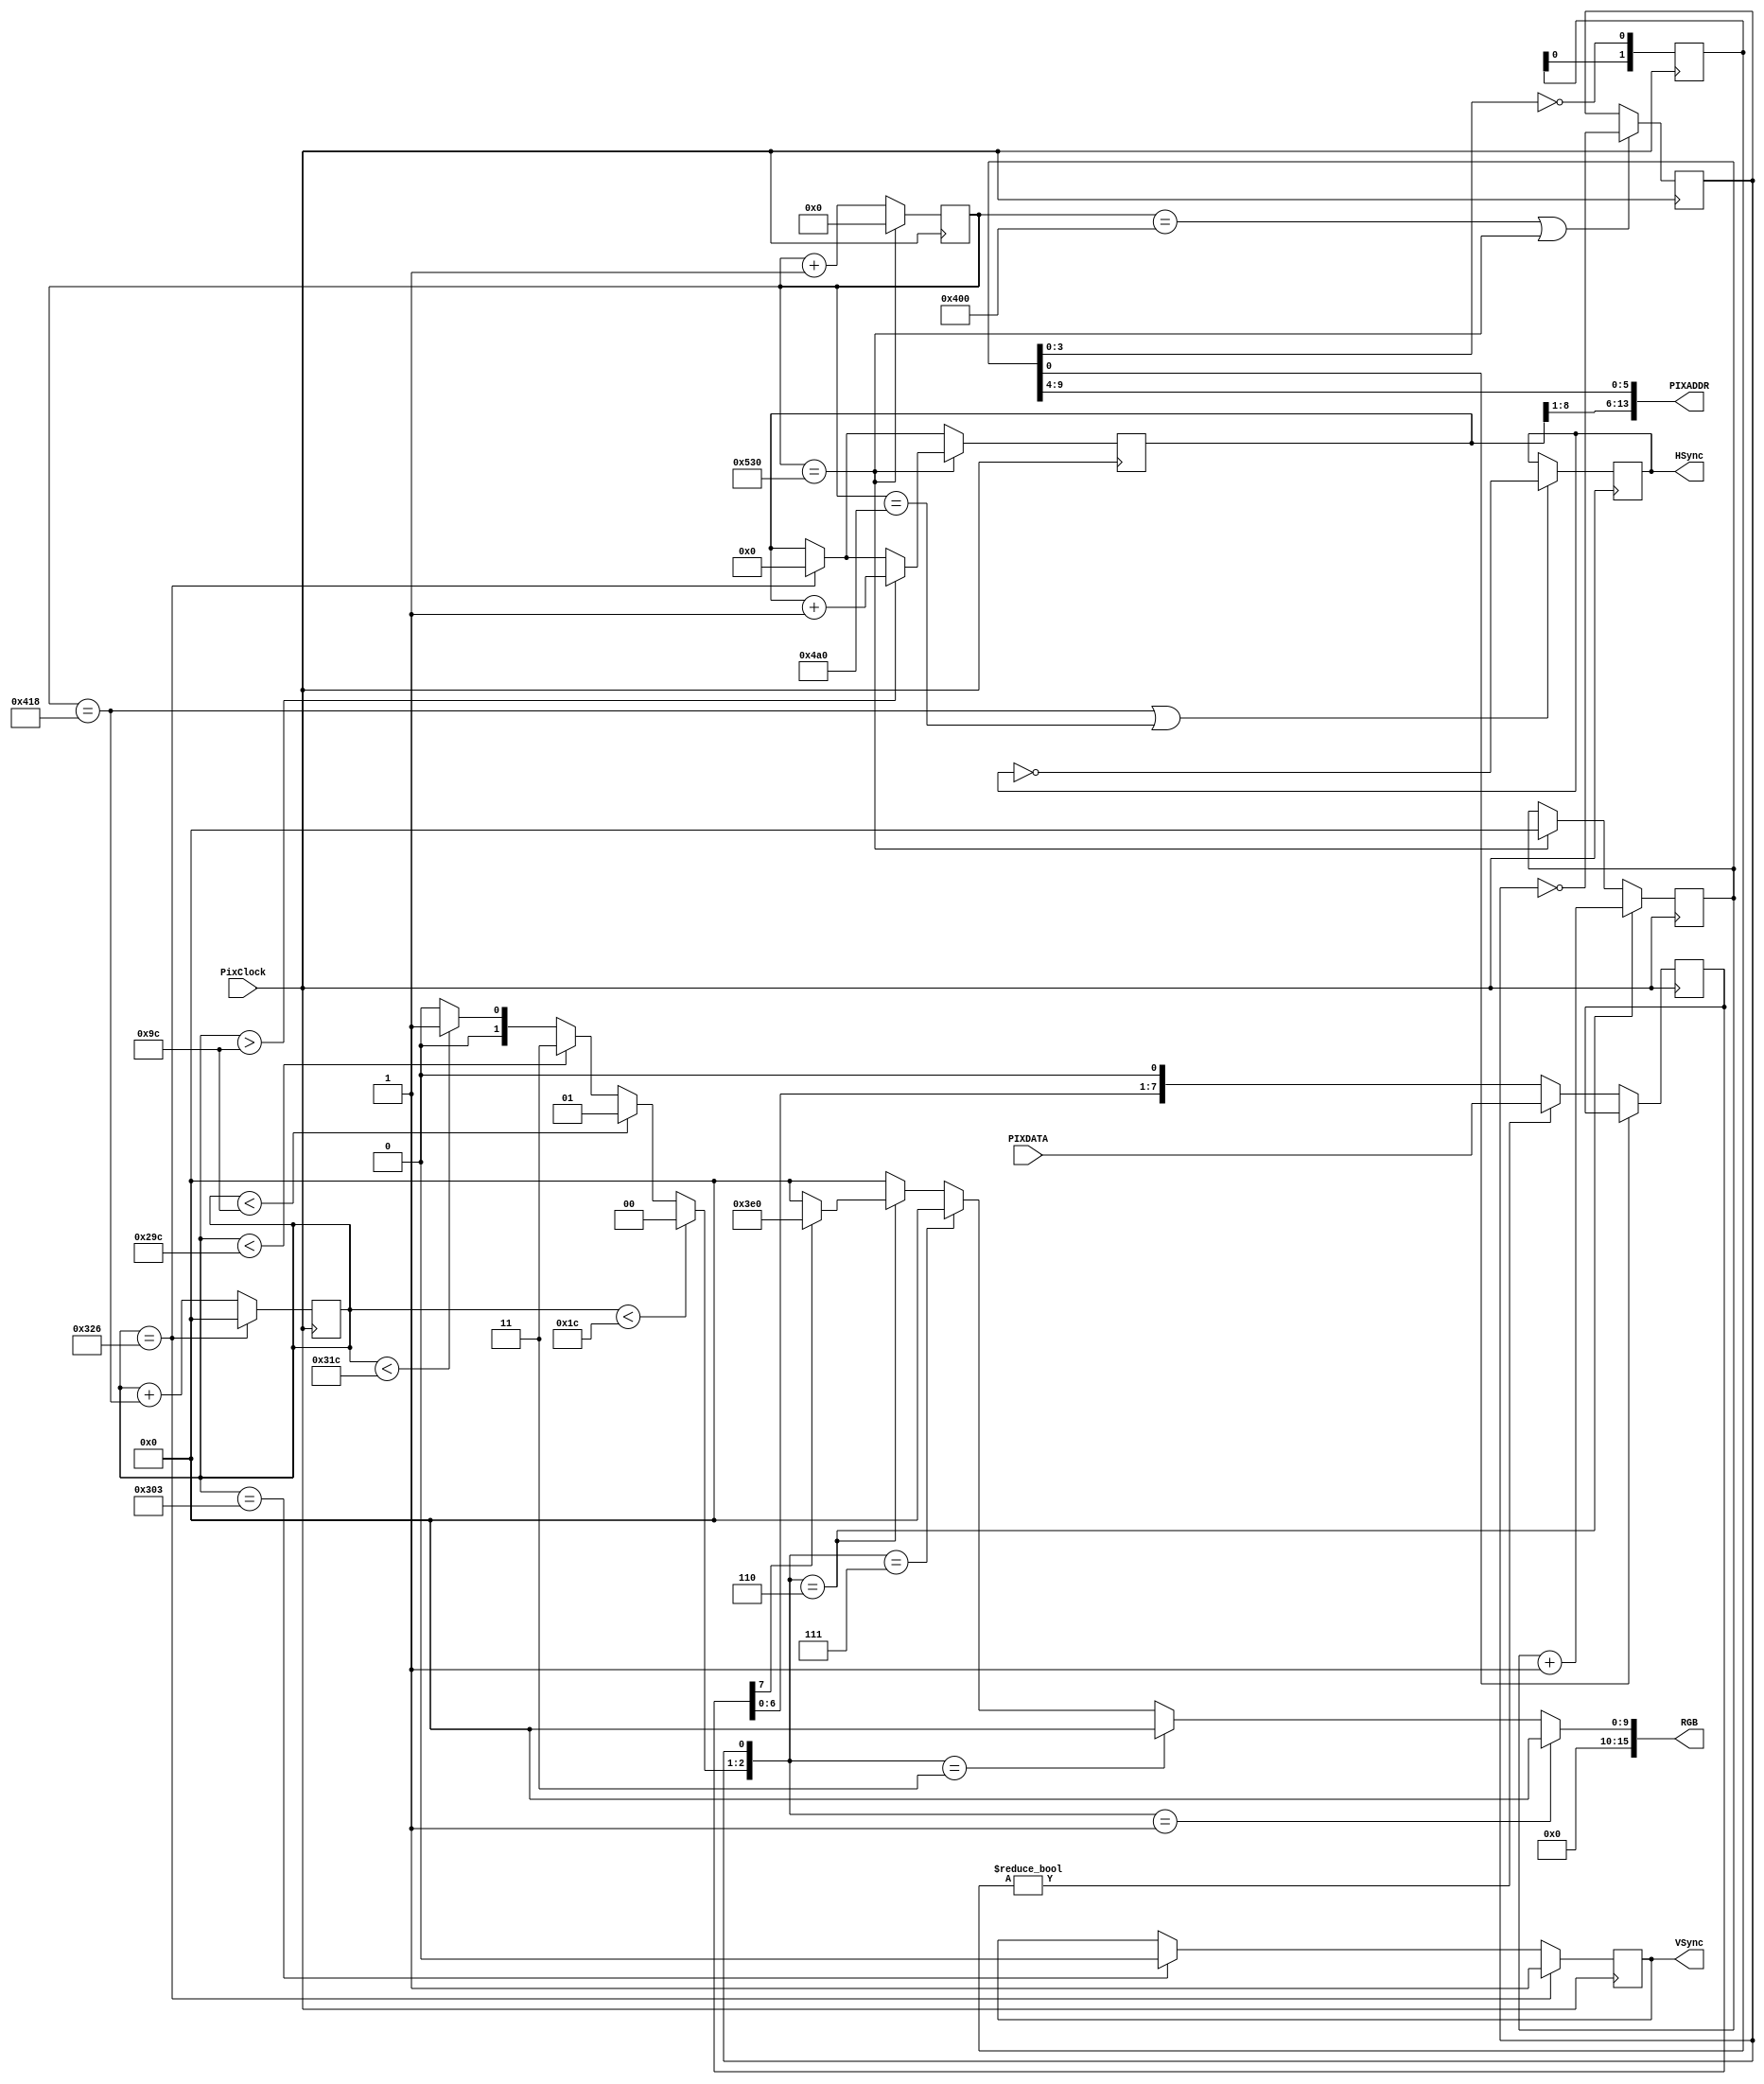
module video(
        output [15:0]RGB,
        output reg HSync = 1,
        output reg VSync = 1,
        output [13:0]PIXADDR,
        input  [7:0]PIXDATA,
        input  PixClock
);

//reg [15:0]COLOR;
reg [7:0]SHIFT;
assign RGB = {
 wCOLOR[15:11],         // RED:5
 wCOLOR[10:5],          // GREEN:6          
 wCOLOR[4:0]            // BLUE:5
}; 
 /*
       1328  806
       640x480 =>   pix = 4x4   => 256x192
   
       horizontal line [ 0 ] [ 1024 ] [  0 ]  => [0][512x2][0]
       vertical line   [ 0 ] [ 768 ] [ 0 ]  =>   [128][256x2][128]
*/
/* ---        1024x768 --- */
    wire [10:0]HFrontPorch    = 24;
    wire [10:0]HBackPorch     = 144;
    wire [10:0]LeftBorder     = 0;
    wire [10:0]HAddrVideo     = LeftBorder + 1024;
    wire [10:0]RightBorder    = HAddrVideo  + 0;
	 
    wire [10:0]HTotalTime     = 1328;
    wire [10:0]HSyncStartTime = 1048;  
    
    wire [9:0]VBackPorch     = 28;
    wire [9:0]TopBorder      = VBackPorch + 128;
    wire [9:0]VAddrVideo     = TopBorder  + 512;
    wire [9:0]BottomBorder   = VAddrVideo + 128; 
    
    wire [9:0]VTotalTime     = 806; 
    wire [9:0]VSyncStartTime = 771;

/* ---   11bit (0...1328)    10bit (0...806) --- */
    reg [10:0]hcnt = 0; 
    reg [9:0]vcnt = 0;
/* -- 
         
    1024 x 768    2  (   44 ) - 256x192
-- */    
    reg [9:0]colcnt = 0;  // 0..1023 - 10 bit
    reg [8:0]rowcnt = 0;  // 0..511  - 9 bit

    wire H_SYNC = (hcnt==HSyncStartTime);
         
    wire   wVBackPorch = (vcnt < VBackPorch)? 1'b0 : 1'b1;

	 reg SelHSh = 1'b0;
/*   */
    wire [1:0]SelVSh = 
     (vcnt < VBackPorch)?   2'b00  :
     (vcnt < TopBorder)?    2'b01  :
     (vcnt < VAddrVideo)?   2'b11  : 
     (vcnt < BottomBorder)? 2'b01  :  2'b00;
    
/*	 
    wire [1:0]SelHSh =
     (hcnt < HBackPorch)?  2'b00 :
     (hcnt < LeftBorder)?  2'b01 :
     (hcnt < HAddrVideo)?  2'b11 : 
     (hcnt < RightBorder)? 2'b01 :  2'b00;
*/
/*
       RAM4K -  24Kb - 15 
  colcnt/2 =  4   
*/
`define Border 16'h1
`define BLANK   16'h0
//                      (0..511 row)/2   (0..1023 byte)/2
assign PIXADDR = {rowcnt[8:1],colcnt[9:4]};

wire pixreq = (colcnt[3:0] == 4'b0000);

wire [15:0]PIXCOLOR = (SHIFT[7])? 16'h03E0 : 16'd0;
wire [15:0]wCOLOR = 
({SelVSh,SelHSh} == 3'b001)?  `BLANK  :
({SelVSh,SelHSh} == 3'b011)?  `BLANK  :
({SelVSh,SelHSh} == 3'b111)?  `BLANK  :
({SelVSh,SelHSh} == 3'b110)?   PIXCOLOR : `BLANK;

/* ---     --- */
//reg VPorchSYNC = 1'b0;
//assign  VPorch = VPorchSYNC;
reg [1:0]Req = 2'b00;

always@(posedge PixClock) begin

//     COLOR <= wCOLOR;
     Req <= {Req[0], pixreq};
	  if(!colcnt[0]) SHIFT[7:0] <= (Req)? PIXDATA[7:0] : {SHIFT[6:0], 1'b0};
      
     if(vcnt==VTotalTime) begin
        VSync <= 1'b1;
        vcnt  <= 0;
        rowcnt <= 0;
     end         
     else begin
        if(vcnt==VSyncStartTime) VSync <= 1'b0; 
        vcnt <= vcnt + H_SYNC;
     end         

// Front edge Sync
     if((hcnt == HSyncStartTime) | (hcnt==(HTotalTime - HBackPorch))) HSync <= !HSync;
     
	  if((hcnt == HAddrVideo)|(hcnt == HTotalTime)) SelHSh <= !SelHSh;
  
  
     if(hcnt == HTotalTime) begin
        hcnt  <= 0;
        colcnt <= 0;
             if(vcnt > TopBorder) begin
               rowcnt <= rowcnt + 1'b1;
             end
     end         
     else begin 
        hcnt <= hcnt + 1'b1;
     end         

     if({SelVSh,SelHSh} == 3'b110)  colcnt <= colcnt + 1'b1;
end
endmodule